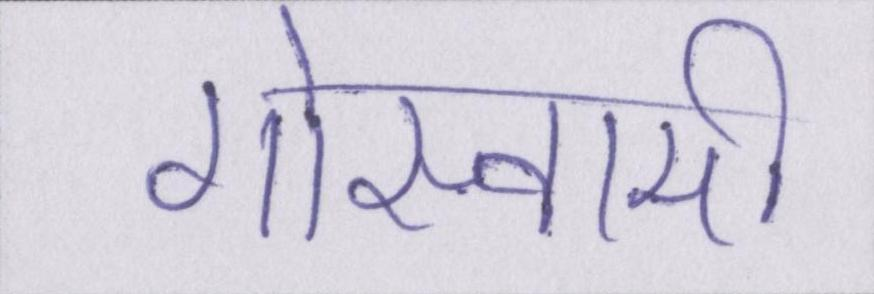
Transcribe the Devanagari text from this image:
गोस्वामी